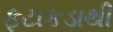
ફટાકડાથી